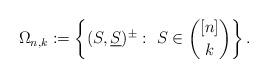
LaTeX: \begin{align*}\Omega_{n,k} := \left\{ (S,\underline{S})^\pm :\ S\in \binom{[n]}{k} \right\}.\end{align*}